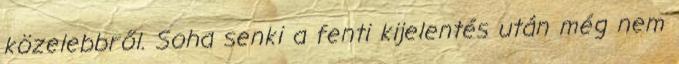
közelebbről. Soha senki a fenti kijelentés után még nem